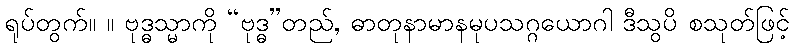
ရုပ်တွက်။ ။ ဗုဒ္ဓသ္မာကို “ဗုဒ္ဓ”တည်, ဓာတုနာမာနမုပသဂ္ဂယောဂါ ဒီသွပိ စသုတ်ဖြင့်